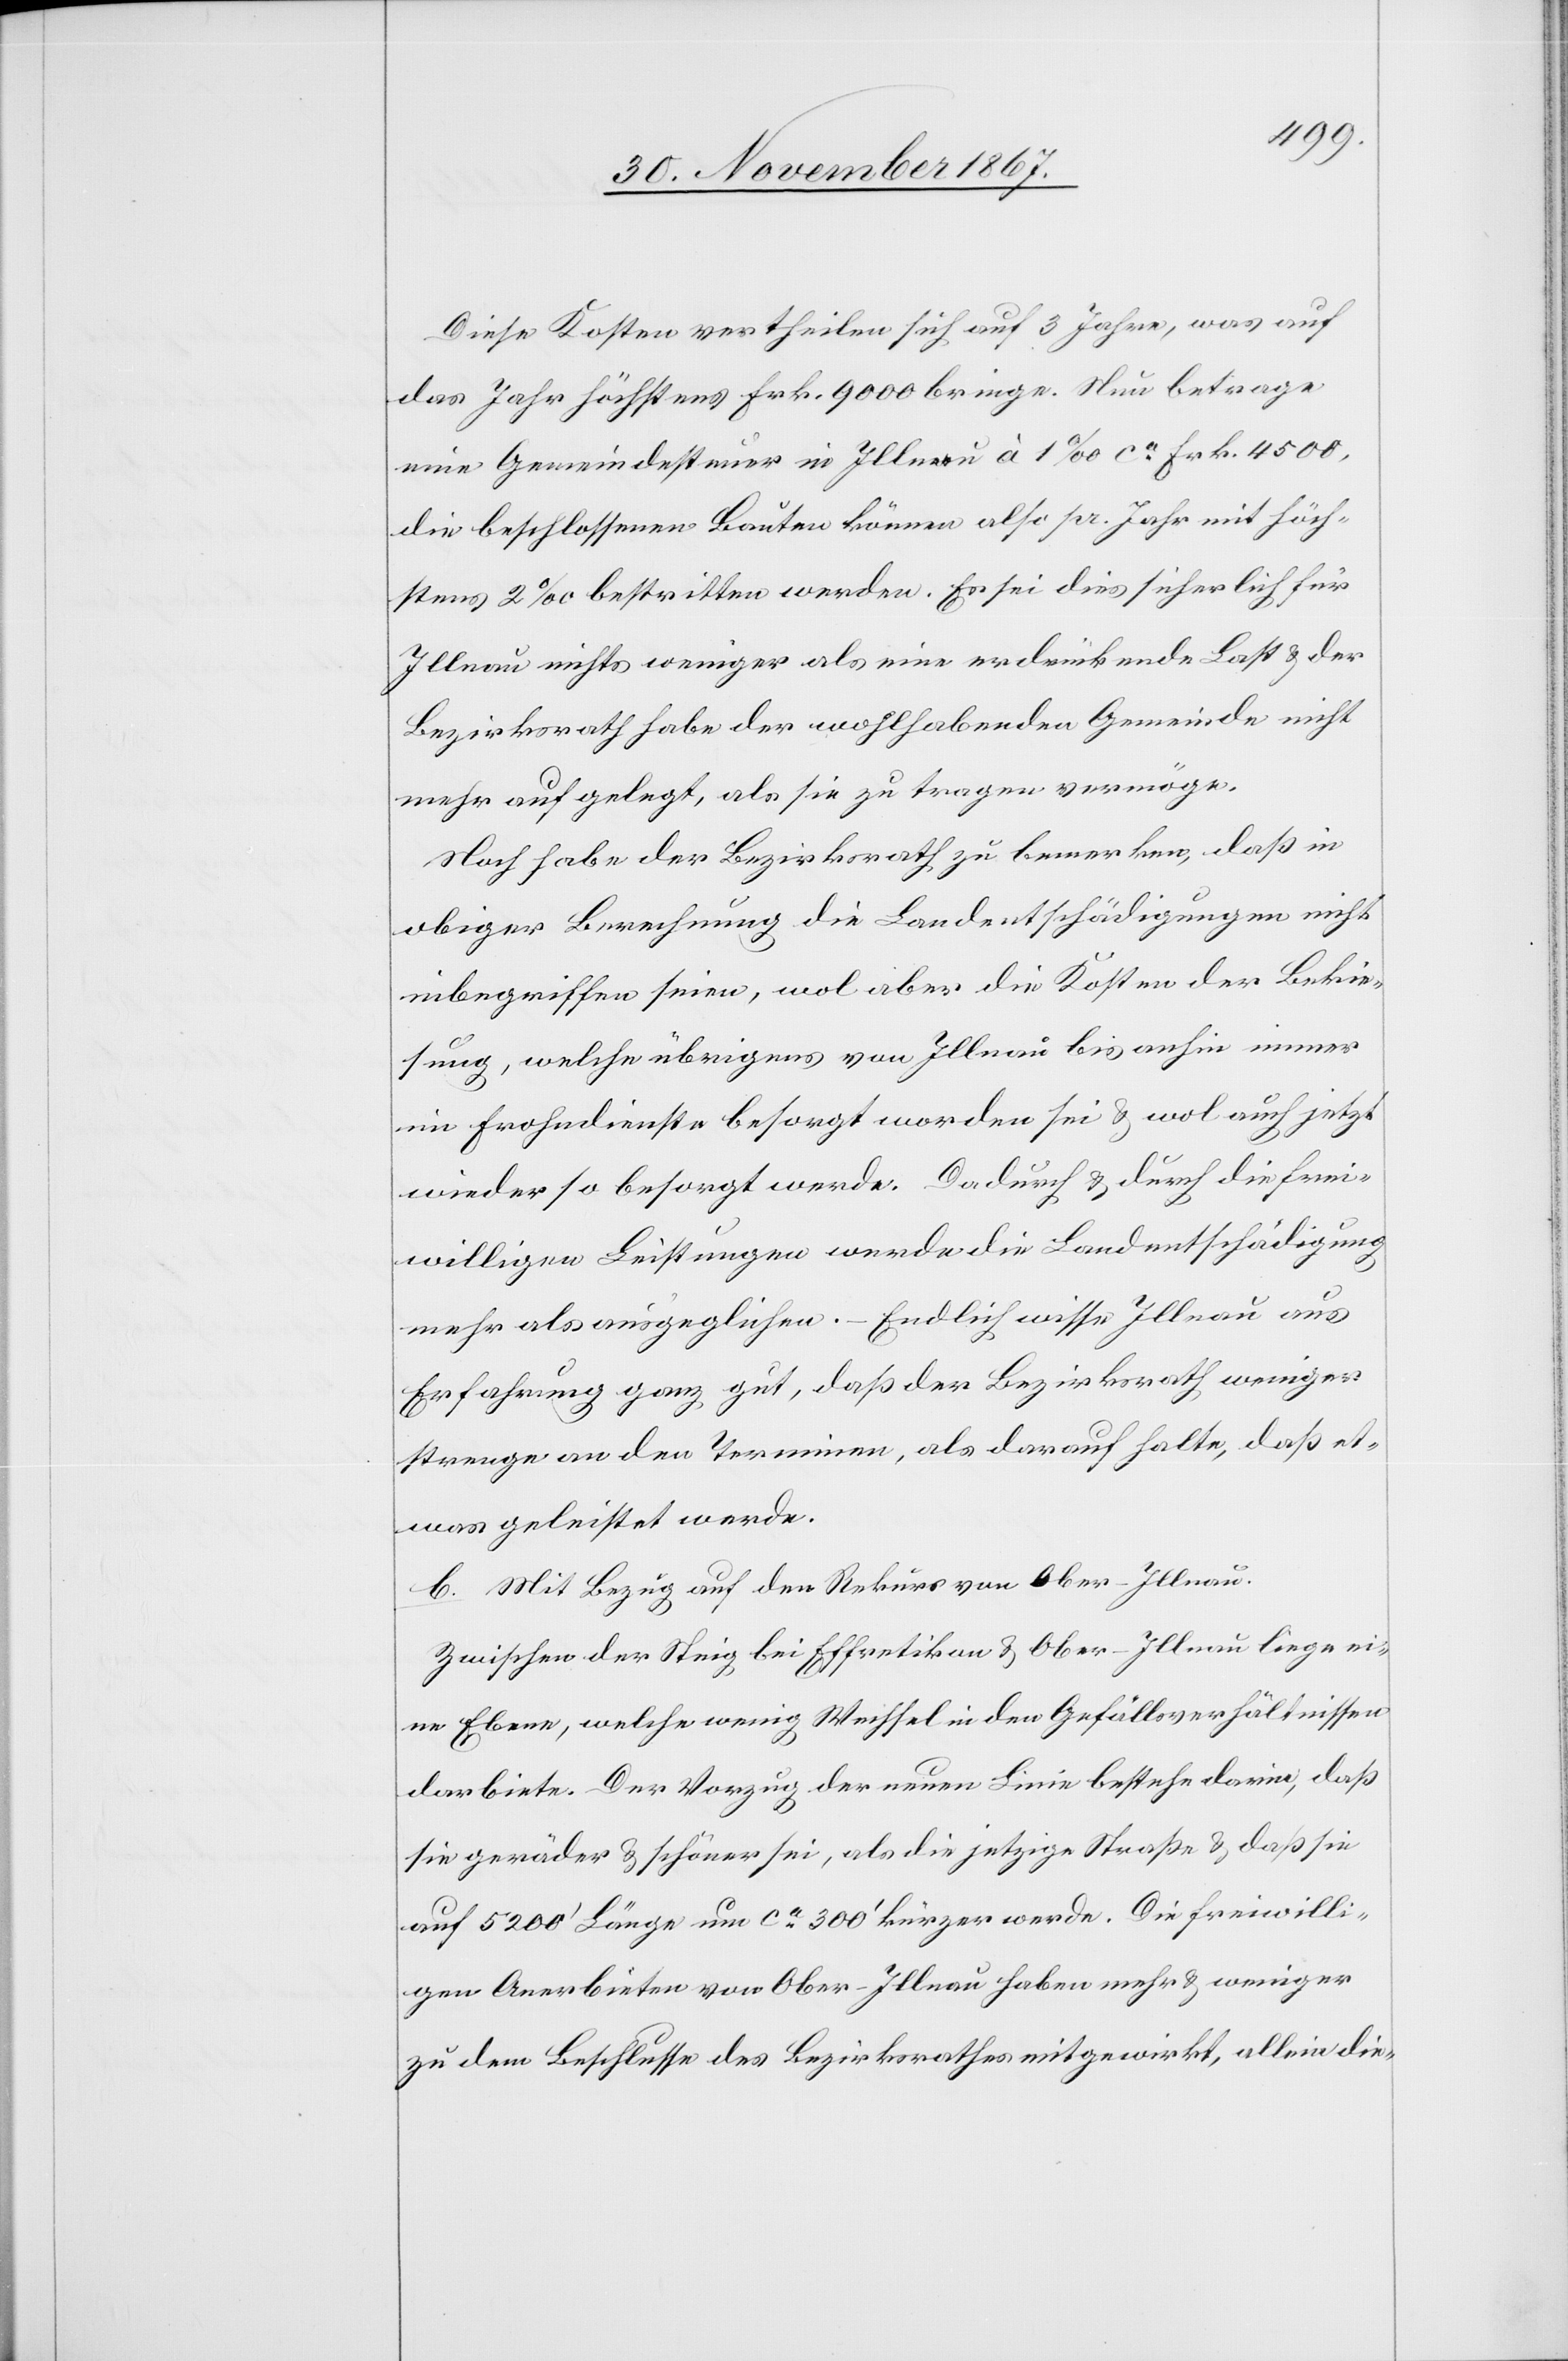
Diese Kosten vertheilen sich auf 3 Jahre, was auf
das Jahr höchstens Frk. 9000 bringe. Neu betrage
eine Gemeindesteuer in Illnau à 1‰ ca. Frk. 4500,
die beschlossenen Bauten können also pr. Jahr mit höch¬
stens 2‰ bestritten werden. Es sei dies sicherlich für
Illnau nichts weniger als eine erdrückende Last u. der
Bezirksrath habe der wohlhabenden Gemeinde nicht
mehr aufgelegt, als sie zu tragen vermöge.
Noch habe der Bezirksrath zu bemerken, daß in
obiger Berechnung die Landentschädigungen nicht
inbegriffen seien, wol aber die Kosten der Bekie¬
sung, welche übrigens von Illnau bis anhin immer
im Frohndienste besorgt worden sei u. wol auch jetzt
wieder so besorgt werde. Dadurch u. durch die frei¬
willigen Leistungen werde die Landentschädigung
mehr als ausgeglichen. – Endlich wisse Illnau aus
Erfahrung ganz gut, daß der Bezirksrath weniger
strenge an den Terminen, als darauf halte, daß et¬
was geleistet werde.
b. Mit Bezug auf den Rekurs von Ober-Illnau.
Zwischen der Steig bei Effretikon u. Ober-Illnau liege ei¬
ne Ebene, welche wenig Wechseln in den Gefällsverhältnissen
darbiete. Der Vorzug der neuen Linie bestehe darin, daß
sie geräder u. schöner sei, als die jetzige Straße u. daß sie
auf 5200‘ Länge um ca. 300‘ kürzer werde. Die freiwilli¬
gen Anerbieten von Ober-Illnau haben mehr u. weniger
zu dem Beschluss des Bezirksrathes mitgewirkt, allein die-